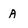
Character: A